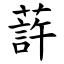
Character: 䔓